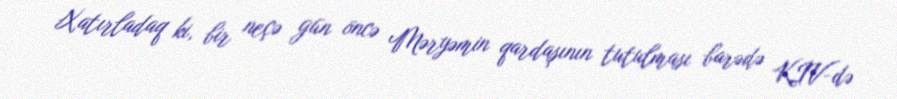
Xatırladaq ki, bir neçə gün öncə Məryəmin qardaşının tutulması barədə KİV-də